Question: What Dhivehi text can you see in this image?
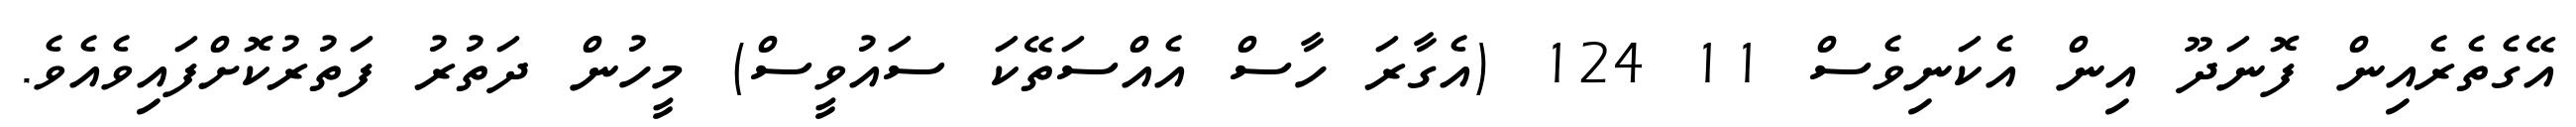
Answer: އޭގެތެރެއިން ފޮނަދޫ އިން އެކަނިވެސް 11 124 (އެގާރަ ހާސް އެއްސަތޭކަ ސައުވީސް) މީހުން ދަތުރު ފަތުރުކޮށްފައިވެއެވެ.